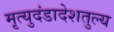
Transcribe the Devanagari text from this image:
मृत्युदंडादेशतुल्य